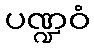
ပဏ္ဍဝံ